system: You are a helpful assistant.
user:
Analyze the provided spectrum to determine if it is a **M-type Giant (gM)**.

A M-type Giant spectrum is defined by its **strong molecular absorption** features, particularly from **Titanium Oxide (TiO)**. You must check for one of the following mutually exclusive signatures:

- **Key Visual Indicators (Absorption-Dominated Spectrum):**

    - **(Primary):** The spectrum is dominated by strong molecular absorption from **Titanium Oxide (TiO)**. This is the **defining feature** of its M-type temperature class.
        - **(Key Bandheads):** Look for sharp, "saw-tooth" absorption valleys. The strongest are located near **~7050 Å**, **~6160 Å**, and **~5170 Å**.
        - **(Line Profile):** The "saw-tooth" morphology is critical: a **sharp, steep drop on the BLUE (short-wavelength) side** of the bandhead, followed by a gradual recovery (rising flux) towards the RED (long-wavelength) side.

    - **(Key Confirmation - Giant vs. Dwarf):** **ABSENCE** of strong **Calcium Hydride (CaH)** molecular bands. This is the primary diagnostic for *excluding* M-dwarfs.
        - **(Key Region):** The spectrum should lack the strong, broad absorption band seen in dwarfs between **~6800 Å and ~7000 Å**.

    - **(Secondary Confirmation - Giant):** A very strong and broad **Neutral Calcium (Ca I)** atomic absorption line.
        - **(Key Line):** Located at **~4226 Å**. In a giant (gM), this line is significantly deeper and broader than the same line in an M-dwarf (dM) due to low surface gravity.

    - **(Overall Spectrum):**
        - The continuum is **extremely red-sloping** (i.e., flux is very low in the blue and rises dramatically towards the red).
        - The entire spectrum appears "chopped up" by the deep TiO bands.

Think first, call **spectral_visualization_tool** if needed to examine features in detail, then provide your final answer. Your response must adhere to the following strict rules:
1.  **Overall Structure:** Your response must follow the format `<think>...</think> <tool_call>...</tool_call> (if a tool is used) <answer>...</answer>`.
2.  **Tool Usage Constraint:** You may only make **one** tool call per turn.
3.  **Final Answer Format:** In the `<answer>` tag, your conclusion must be inside a `\boxed{}` command (e.g., `\boxed{YES}` or `\boxed{NO}`), followed by your justification.

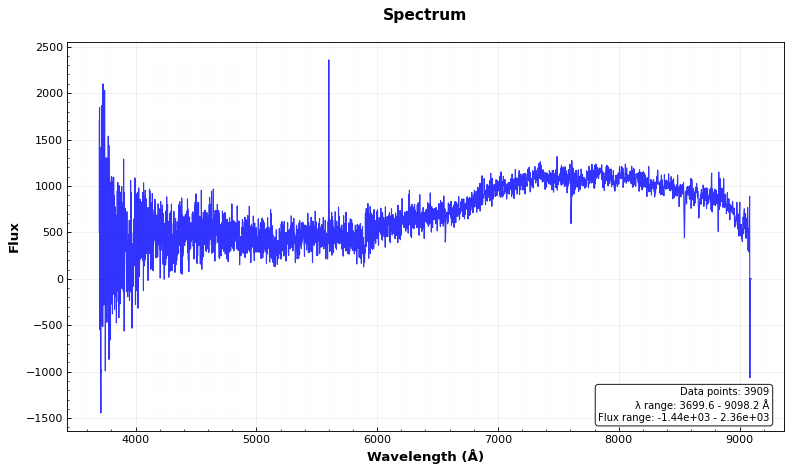
Answer: NO